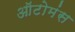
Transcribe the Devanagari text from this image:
ऑटोमंस